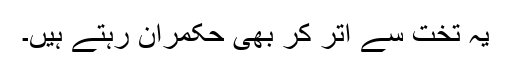
یہ تخت سے اتر کر بھی حکمران رہتے ہیں۔